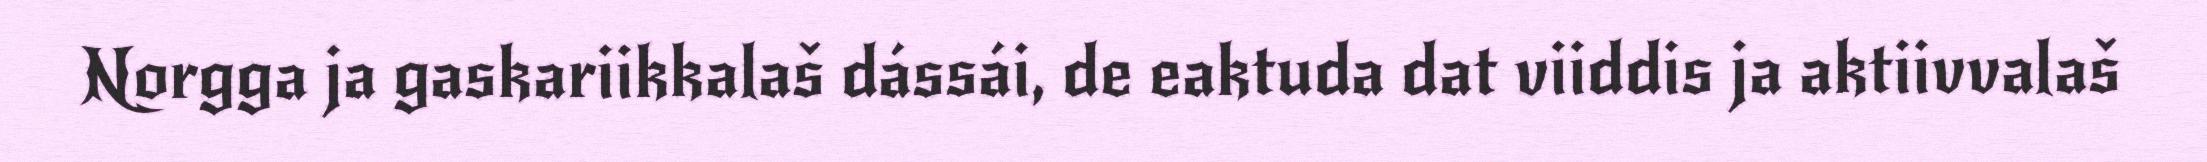
Norgga ja gaskariikkalaš dássái, de eaktuda dat viiddis ja aktiivvalaš